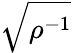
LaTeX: \sqrt{\rho^{-1}}